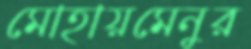
মোহায়মেনুর